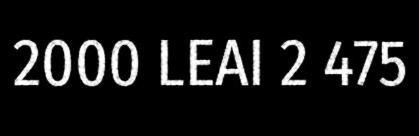
2000 LEAI 2 475